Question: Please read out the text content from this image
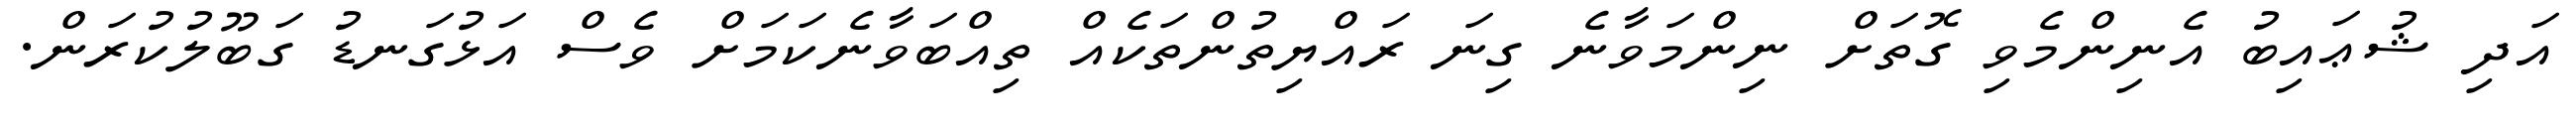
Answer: އަދި ޝުޢައިބު އެނިންމެވި ގޮތަށް ނިންމަވާނެ ގިނަ ރައްޔިތުންތަކެއް ތިއްބަވާނެކަމަށް ވެސް އަޅުގަނޑު ގަބޫލުކުރަން.